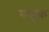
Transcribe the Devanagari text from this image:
रुसूक़